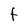
Character: t